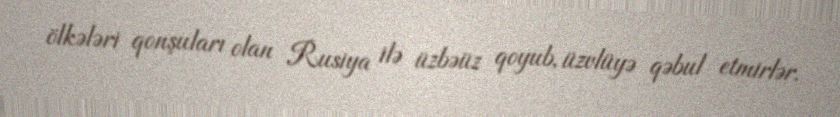
ölkələri qonşuları olan Rusiya ilə üzbəüz qoyub, üzvlüyə qəbul etmirlər.